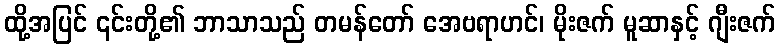
ထို့အပြင် ၎င်းတို့၏ ဘာသာသည် တမန်တော် အေဗရာဟင်၊ မိုးဇက် မူဆာနှင့် ဂျီးဇက်